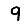
Digit: 9